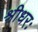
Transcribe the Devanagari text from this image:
श्रीधरः